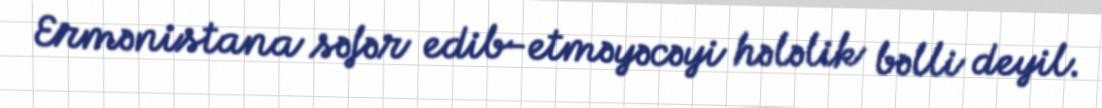
Ermənistana səfər edib-etməyəcəyi hələlik bəlli deyil.